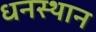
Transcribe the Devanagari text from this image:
धनस्थान